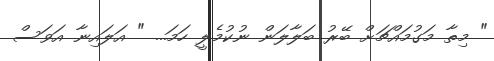
" މިތާ މަގުމައްޗަށް ބޭރު ބަލާލަން ނުކުމެލީ ހަމަ... " އަލައިނާ އަވަސް